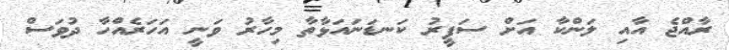
ރާއްޖެ އާއި ލަންކާ އަށް ސަފީރު ކަނޑަނައަޅާތާ މިހާރު ވަނީ އަހަރެއްހާ ދުވަސް